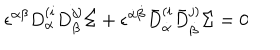
\epsilon ^ { \alpha \beta } D _ { \alpha } ^ { ( i } D _ { \beta } ^ { j ) } \Sigma + \epsilon ^ { \dot { \alpha } \dot { \beta } } \bar { D } _ { \dot { \alpha } } ^ { ( i } \bar { D } _ { \dot { \beta } } ^ { j ) } \Sigma = 0